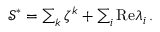
\begin{array} { r } { \mathcal { S } ^ { * } = \sum _ { k } \zeta ^ { k } + \sum _ { i } \mathrm { R e } \lambda _ { i } \, . } \end{array}